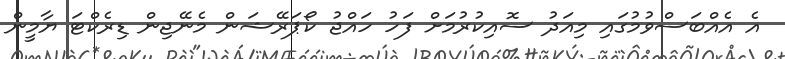
އެ އެއްބަސްވުމުގައި މިއަދު ސޮއިކުރުމަށް ފަހު ހައްޖު ކޯޕަރޭޝަން މެނޭޖިން ޑިރެކްޓަ ޔާމީން